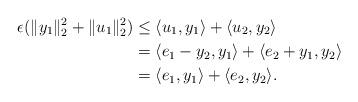
LaTeX: \begin{align*}\epsilon (\|y_1\|_2^2 + \|u_1\|_2^2) & \leq \langle u_1, y_1 \rangle + \langle u_2, y_2 \rangle \\& = \langle e_1 - y_2, y_1 \rangle + \langle e_2 + y_1, y_2 \rangle \\& = \langle e_1, y_1 \rangle + \langle e_2, y_2 \rangle.\end{align*}